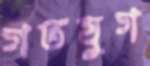
গতযুগ